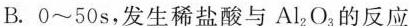
B.0~50s，发生稀盐酸与Al2O3的反应